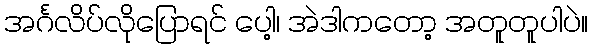
အင်္ဂလိပ်လိုပြောရင် ပေါ့၊ အဲဒါကတော့ အတူတူပါပဲ။